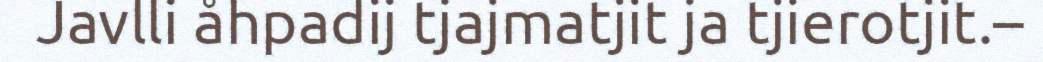
Javlli åhpadij tjajmatjit ja tjierotjit.–